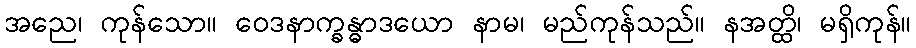
အညေ၊ ကုန်သော။ ဝေဒနာက္ခန္ဓာဒယော နာမ၊ မည်ကုန်သည်။ နအတ္ထိ၊ မရှိကုန်။